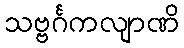
သဗ္ဗင်္ဂကလျာဏိ